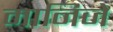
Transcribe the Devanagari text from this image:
मानिजे